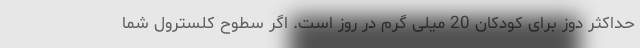
حداکثر دوز برای کودکان 20 میلی گرم در روز است. اگر سطوح کلسترول شما